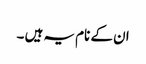
ان کے نام یہ ہیں ۔